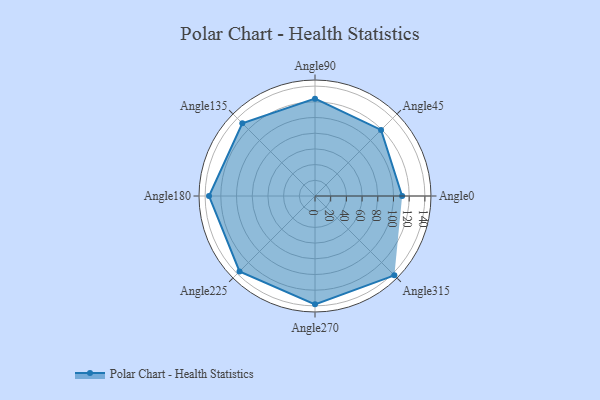
{"axis": {"x": "Angle", "y": "Radius"}, "legend": [""], "data": [{"x": "Angle0", "y": 111.0, "type": ""}, {"x": "Angle45", "y": 119.0, "type": ""}, {"x": "Angle90", "y": 124.0, "type": ""}, {"x": "Angle135", "y": 131.0, "type": ""}, {"x": "Angle180", "y": 135.0, "type": ""}, {"x": "Angle225", "y": 136.0, "type": ""}, {"x": "Angle270", "y": 138.0, "type": ""}, {"x": "Angle315", "y": 143.0, "type": ""}]}